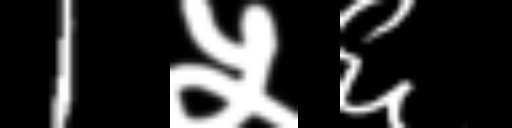
Text: 1५६